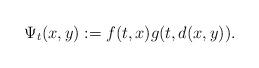
LaTeX: \begin{align*}\Psi_t(x,y):=f(t,x)g(t,d(x,y)).\end{align*}